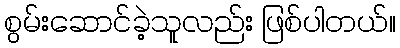
စွမ်းဆောင်ခဲ့သူလည်း ဖြစ်ပါတယ်။